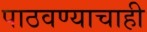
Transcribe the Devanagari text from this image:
पाठवण्याचाही